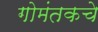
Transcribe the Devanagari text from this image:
गोमंतकचे